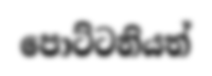
පොට්ටනියත්